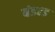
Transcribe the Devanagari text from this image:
बंडल्ड